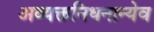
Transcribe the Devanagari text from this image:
अव्यक्तनिधनान्येव